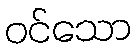
ဝင်သော